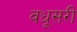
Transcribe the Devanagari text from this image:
वधूसरी